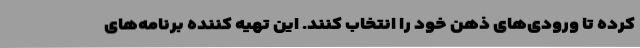
کرده تا ورودی‌های ذهن خود را انتخاب کنند. این تهیه کننده برنامه‌های